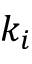
k _ { i }